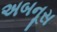
અબનૂસ